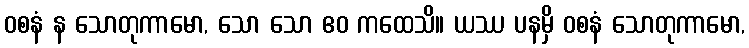
ဝစနံ န သောတုကာမော, သော သော ဧဝ ကထေသိ။ ယဿ ပနမှိ ဝစနံ သောတုကာမော,